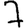
Digit: 7